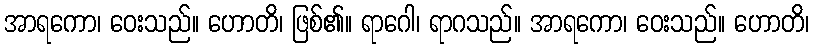
အာရကော၊ ဝေးသည်။ ဟောတိ၊ ဖြစ်၏။ ရာဂေါ၊ ရာဂသည်။ အာရကော၊ ဝေးသည်။ ဟောတိ၊